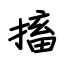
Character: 搐